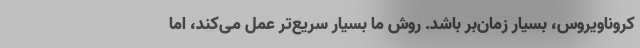
کروناویروس، بسیار زمان‌بر باشد. روش ما بسیار سریع‌تر عمل می‌کند، اما